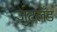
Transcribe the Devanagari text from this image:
जुटलँड